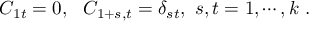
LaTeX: C _ { 1 t } = 0 , ~ ~ C _ { 1 + s , t } = \delta _ { s t } , ~ s , t = 1 , \cdots , k ~ .